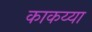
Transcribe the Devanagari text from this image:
काकय्या